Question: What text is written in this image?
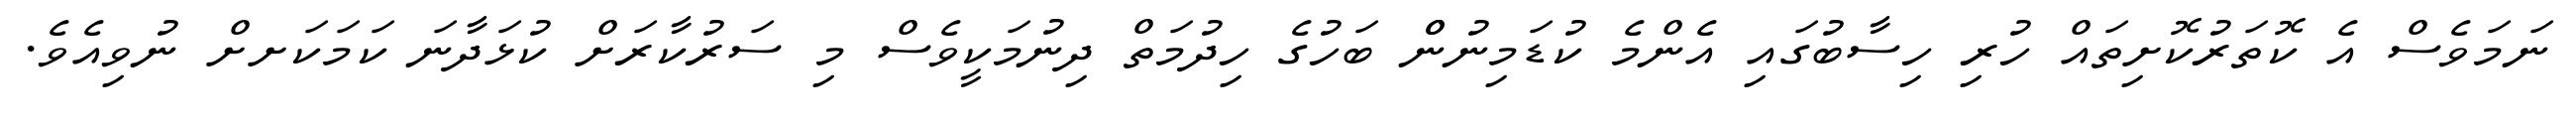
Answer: ނަމަވެސް އެ ކޮތަރުކޮށިތައް ހުރި ހިސާބުގައި އެންމެ ކުޑަމިނުންް ބަހުގެ ހިދުމަތް ދިނުމަކީވެސް މި ސަރުކާރަށް ކުޅަދާނަ ކަމަކަށށް ނުވިއެވެ.